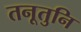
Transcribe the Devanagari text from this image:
तनूतुनि